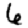
Digit: 6